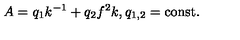
A = q _ { 1 } k ^ { - 1 } + q _ { 2 } f ^ { 2 } k , q _ { 1 , 2 } = \mathrm { c o n s t } .